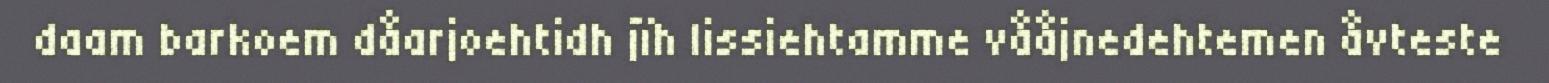
daam barkoem dåarjoehtidh jïh lissiehtamme vååjnedehtemen åvteste